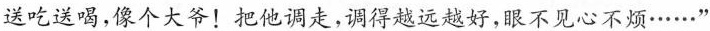
送吃送喝，像个大爷！把他调走，调得越远越好，眼不见心不烦……“